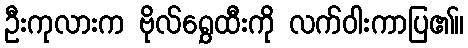
ဦးကုလားက ဗိုလ်ရွှေထီးကို လက်ဝါးကာပြ၏။